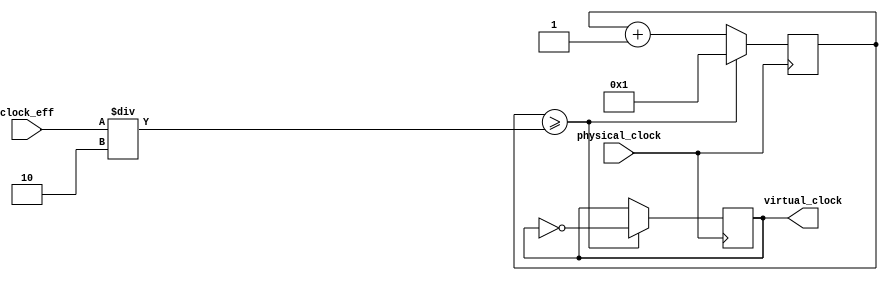
module VirtualClock (physical_clock, clock_eff, virtual_clock);

input physical_clock;
input [31:0] clock_eff;
output reg virtual_clock;

reg [31:0] count;


initial begin
	count = 0;
end

always@(posedge physical_clock) begin
	count <= count+1;
	
	if (count >= (clock_eff/2)) begin
		count <= 1;
		virtual_clock = ~virtual_clock;
	end
end

endmodule